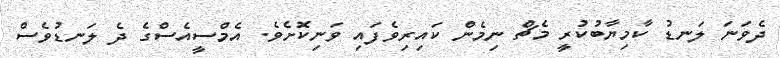
ދެވަނަ ލަނޑު ކާމިޔާބުކުރީ މެޗް ނިމެން ކައިރިވެފައި ވަނިކޮށެވެ. އެމްސީއެސްގެ ދެ ލަނޑުވެސް